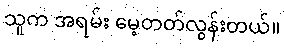
သူက အရမ်း မေ့တတ်လွန်းတယ်။